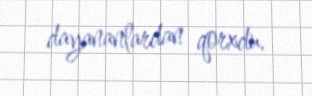
dayananlardan qorxdu.